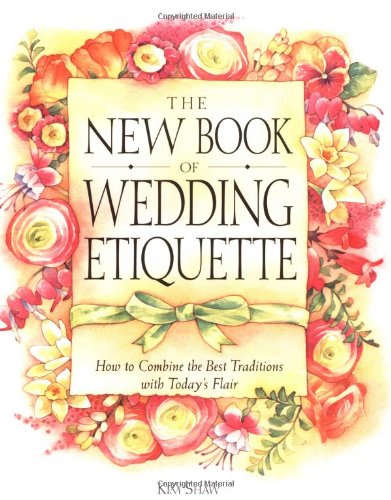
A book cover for The New Book of Wedding Etiquette: How to Combine the Best Traditions with Today's Flair; Kim Shaw; Crafts, Hobbies & Home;